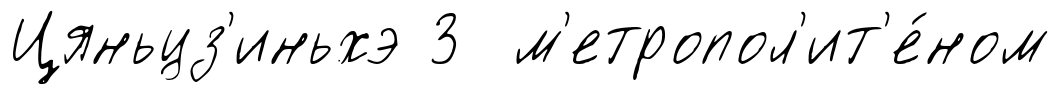
Цяньцз'иньхэ 3 м'етропол'ит'е́ном